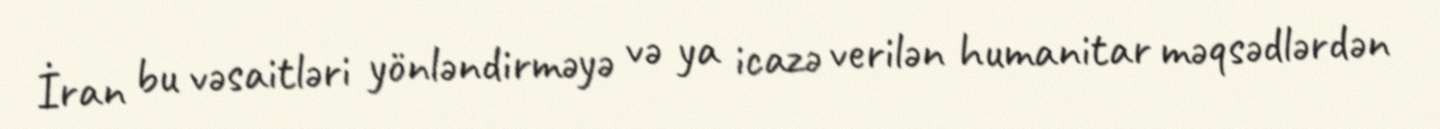
İran bu vəsaitləri yönləndirməyə və ya icazə verilən humanitar məqsədlərdən